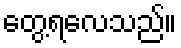
တွေ့ရလေသည်။